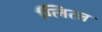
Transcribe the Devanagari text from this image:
ग्लित्ज़